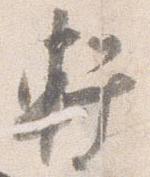
軒